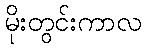
မိုးတွင်းကာလ